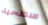
سطحية